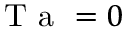
\mathrm { ~ T ~ a ~ } = 0